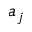
a _ { j }